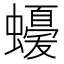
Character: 𮕈